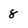
Character: 8